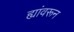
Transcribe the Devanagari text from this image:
ह्यांवरून